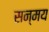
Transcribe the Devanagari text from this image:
सन्मय